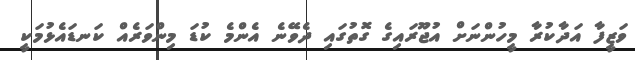
ވަޒީފާ އަދާކުރާ މީހުންނަށް އުޖޫރައިގެ ގޮތުގައި ދެވޭނެ އެންމެ ކުޑަ މިންވަރެއް ކަނޑައެޅުމަކީ